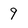
Character: 9